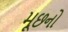
મૂછનો